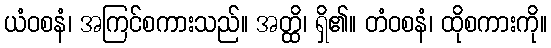
ယံဝစနံ၊ အကြင်စကားသည်။ အတ္ထိ၊ ရှိ၏။ တံဝစနံ၊ ထိုစကားကို။